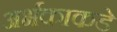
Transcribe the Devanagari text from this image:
अर्भकाकडे